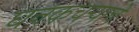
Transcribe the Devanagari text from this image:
घनकचऱ्याचे